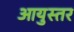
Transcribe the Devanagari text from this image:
आयुस्तर